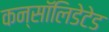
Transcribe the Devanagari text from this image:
कन्सॉलिडेटेड